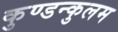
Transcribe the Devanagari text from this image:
कुण्डन्कुलम